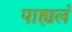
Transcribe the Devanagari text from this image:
पाह्यलं